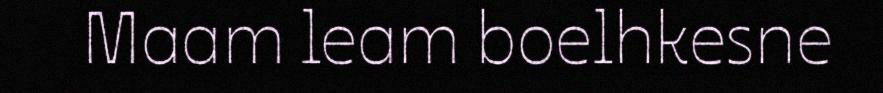
Maam leam boelhkesne